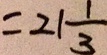
= 2 1 \frac { 1 } { 3 }